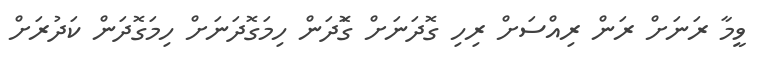
ވީމާ ރަނަށް ރަން ރިއްސަށް ރިހި ގޮދަނަށް ގޮަދަން ހިމަގޮދަނަށް ހިމަގޮދަން ކަދުރަށް